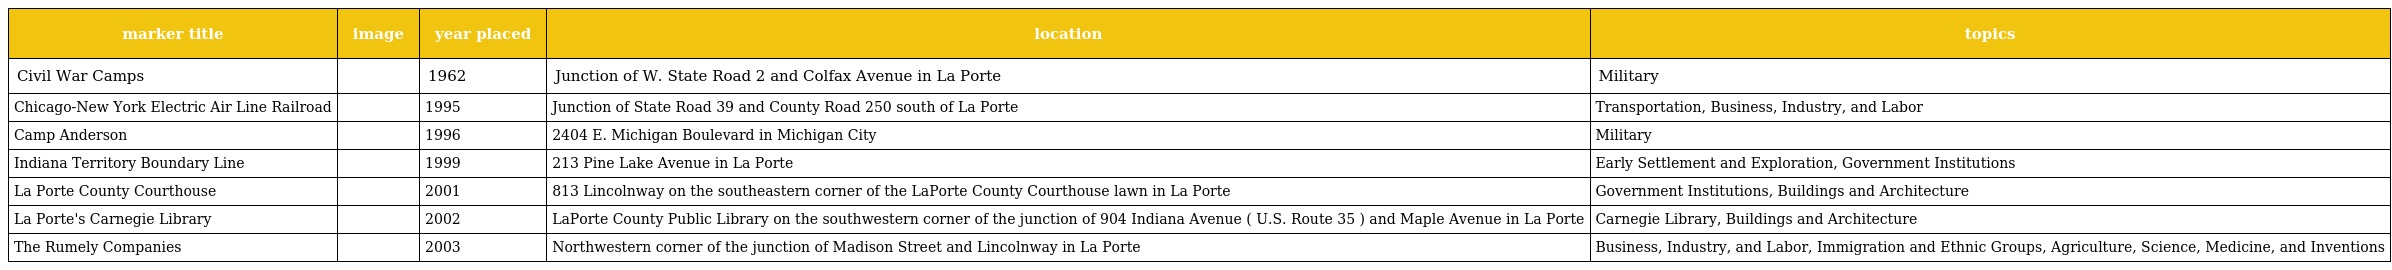
| marker title | image | year placed | location | topics |
 | --- | --- | --- | --- | --- |
 | Civil War Camps |  | 1962 | Junction of W. State Road 2 and Colfax Avenue in La Porte | Military |
 | Chicago-New York Electric Air Line Railroad |  | 1995 | Junction of State Road 39 and County Road 250 south of La Porte | Transportation, Business, Industry, and Labor |
 | Camp Anderson |  | 1996 | 2404 E. Michigan Boulevard in Michigan City | Military |
 | Indiana Territory Boundary Line |  | 1999 | 213 Pine Lake Avenue in La Porte | Early Settlement and Exploration, Government Institutions |
 | La Porte County Courthouse |  | 2001 | 813 Lincolnway on the southeastern corner of the LaPorte County Courthouse lawn in La Porte | Government Institutions, Buildings and Architecture |
 | La Porte's Carnegie Library |  | 2002 | LaPorte County Public Library on the southwestern corner of the junction of 904 Indiana Avenue ( U.S. Route 35 ) and Maple Avenue in La Porte | Carnegie Library, Buildings and Architecture |
 | The Rumely Companies |  | 2003 | Northwestern corner of the junction of Madison Street and Lincolnway in La Porte | Business, Industry, and Labor, Immigration and Ethnic Groups, Agriculture, Science, Medicine, and Inventions |